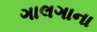
ગાલગાના